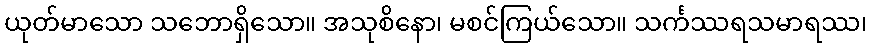
ယုတ်မာသော သဘောရှိသော။ အသုစိနော၊ မစင်ကြယ်သော။ သင်္ကဿရသမာရဿ၊